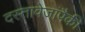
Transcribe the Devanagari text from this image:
दस्तावेजांपैकी